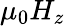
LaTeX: \mu_{0}H_{z}